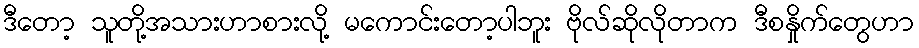
ဒီတော့ သူတို့အသားဟာစားလို့ မကောင်းတော့ပါဘူး ဗိုလ်ဆိုလိုတာက ဒီစနှိုက်တွေဟာ